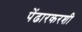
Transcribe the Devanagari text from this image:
पेंढारकरशी